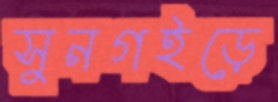
সুনগইড়ে